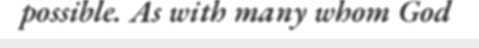
possible. As with many whom God